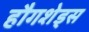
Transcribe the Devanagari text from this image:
हौगशेड्स